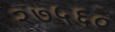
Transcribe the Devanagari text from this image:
२७५६०